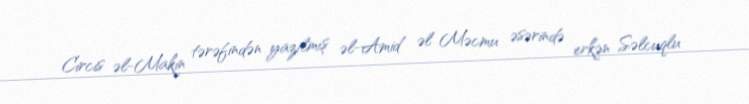
Circis əl-Makin tərəfindən yazılmış əl-Amid əl Məcmu əsərində erkən Səlcuqlu